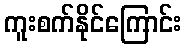
ကူးစက်နိုင်ကြောင်း